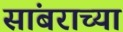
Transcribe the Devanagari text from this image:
सांबराच्या